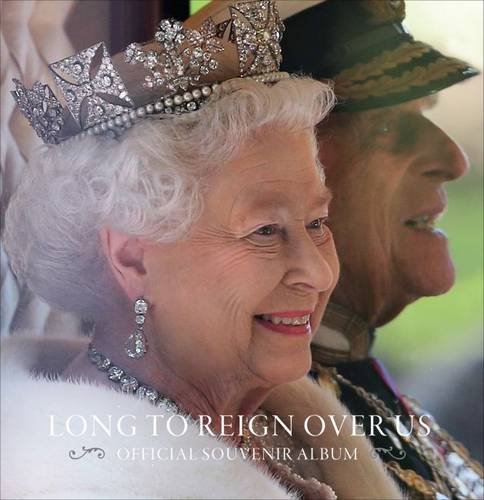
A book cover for Long to Reign Over Us: Official Souvenir Album; Leah Kharibian; Biographies & Memoirs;